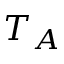
T _ { A }